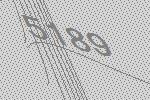
5189